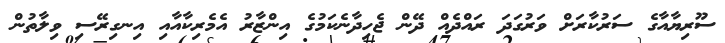
ސޫރިޔާއާގެ ސަރުކާރަށް ވަރުގަދަ ރައްދެއް ދޭން ޖެހިދާނެކަމުގެ އިންޒާރު އެމެރިކާއާއި އިނގިރޭސި ވިލާތުން